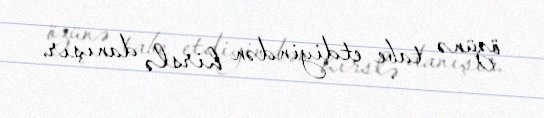
özünə tabe etdiyindən hirslə danışır.